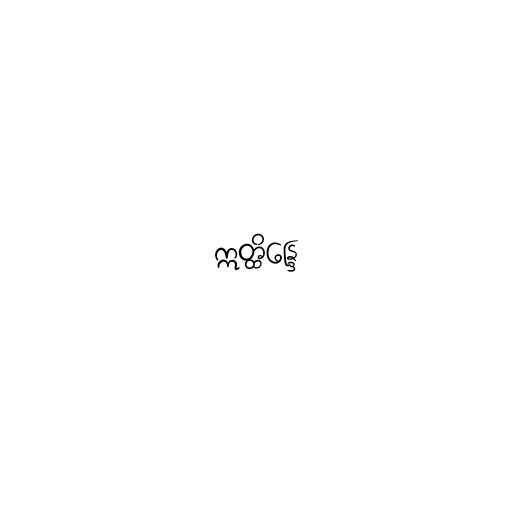
ဣတ္ထိန္ဒြေ